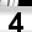
Digit: 4